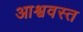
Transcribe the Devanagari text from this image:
आश्ववस्त